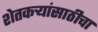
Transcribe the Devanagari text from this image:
शेतकर्‍यांसाठीचा